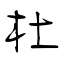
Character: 杜